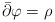
\begin{align*}\bar\partial\varphi=\rho\end{align*}